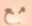
مع